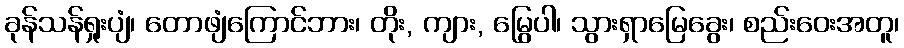
ခုန်သန်ရှုးပျံ၊ တောဖျံကြောင်ဘား၊ တိုး, ကျား, မြွေပါ၊ သွားရှာမြေခွေး၊ စည်းဝေးအတူ၊